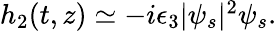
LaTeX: \begin{array}{r}{h_{2}(t,z)\simeq-i\epsilon_{3}|\psi_{s}|^{2}\psi_{s}.}\end{array}